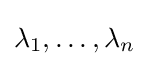
\lambda _{1},\dots ,\lambda _{n}